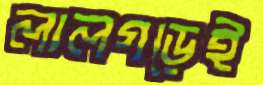
লালগড়েই